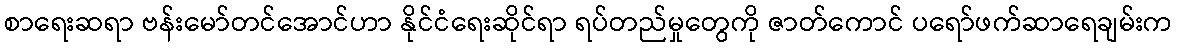
စာရေးဆရာ ဗန်းမော်တင်အောင်ဟာ နိုင်ငံရေးဆိုင်ရာ ရပ်တည်မှုတွေကို ဇာတ်ကောင် ပရော်ဖက်ဆာရေချမ်းက